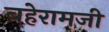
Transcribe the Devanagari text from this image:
बहेरामजी